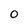
Character: 0